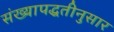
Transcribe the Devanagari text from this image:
संख्यापद्धतीनुसार